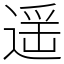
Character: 遥